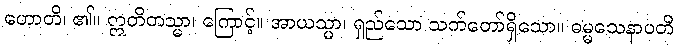
ဟောတိ၊ ၏။ ဣတိတသ္မာ၊ ကြောင့်။ အာယသ္မာ၊ ရှည်သော သက်တော်ရှိသော။ ဓမ္မသေနာပတိ